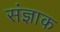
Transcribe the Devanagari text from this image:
संज्ञाक